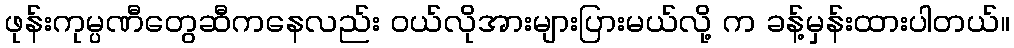
ဖုန်းကုမ္ပဏီတွေဆီကနေလည်း ဝယ်လိုအားများပြားမယ်လို့ က ခန့်မှန်းထားပါတယ်။